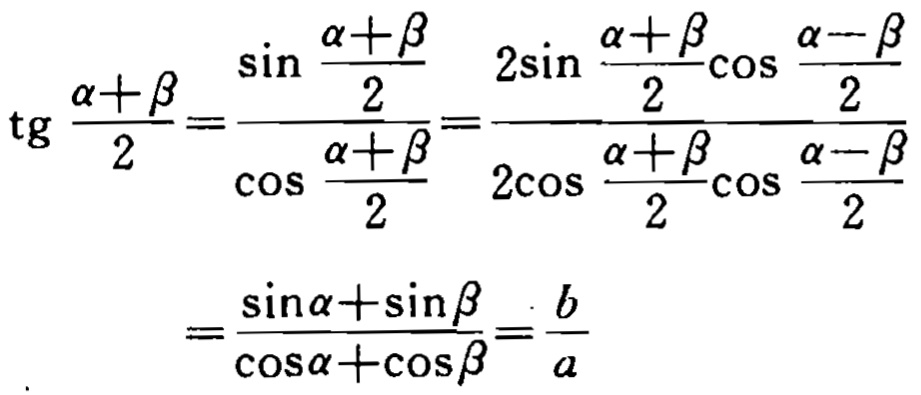
\[\begin{align*}
\operatorname{tg} \frac{\alpha+\beta}{2}&=\frac{\sin \frac{\alpha + \beta}{2}}{\cos \frac{\alpha + \beta}{2}}=\frac{2\sin \frac{\alpha + \beta}{2}\cos \frac{\alpha - \beta}{2}}{2\cos \frac{\alpha + \beta}{2}\cos \frac{\alpha - \beta}{2}}\\
&=\frac{\sin\alpha+\sin\beta}{\cos\alpha+\cos\beta}=\frac{b}{a}
\end{align*}\]